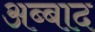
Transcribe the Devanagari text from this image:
अब्बाद